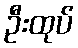
ဦးထုပ်